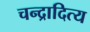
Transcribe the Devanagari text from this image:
चन्द्रादित्य